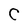
Character: C